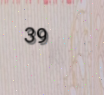
39